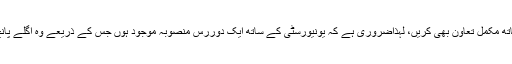
دوسری طرف تمام شعبہ جات کے لیے ضروری ہے کہ اس دفتر کے ساتھ قریبی رابطہ رکھیں اور اس کے ساتھ مکمل تعاون بھی کریں، لہٰذاضروری ہے کہ یونیورسٹی کے ساتھ ایک دوررس منصوبہ موجود ہوں جس کے ذریعے وہ اگلے پانچ سے دس سالوں کے اندر بین الاقوامی جامعات کے ساتھ ذکر کردہ میدانوں میں ایک فعال رابطہ قائم ہو جائے۔